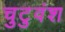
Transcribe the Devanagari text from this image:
चुटुवंश